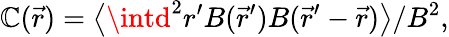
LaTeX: \mathbb{C}(\vec{{r}})=\bigl\langle\intd^{2}r^{\prime}B(\vec{{r}}^{\prime})B(\vec{{r}}^{\prime}-\vec{{r}})\bigr\rangle/B^{2},